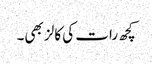
کچھ رات کی کالز بھی۔